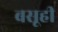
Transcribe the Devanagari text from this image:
बसूही